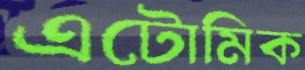
এটোমিক